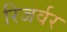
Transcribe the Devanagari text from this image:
रिजर्वर